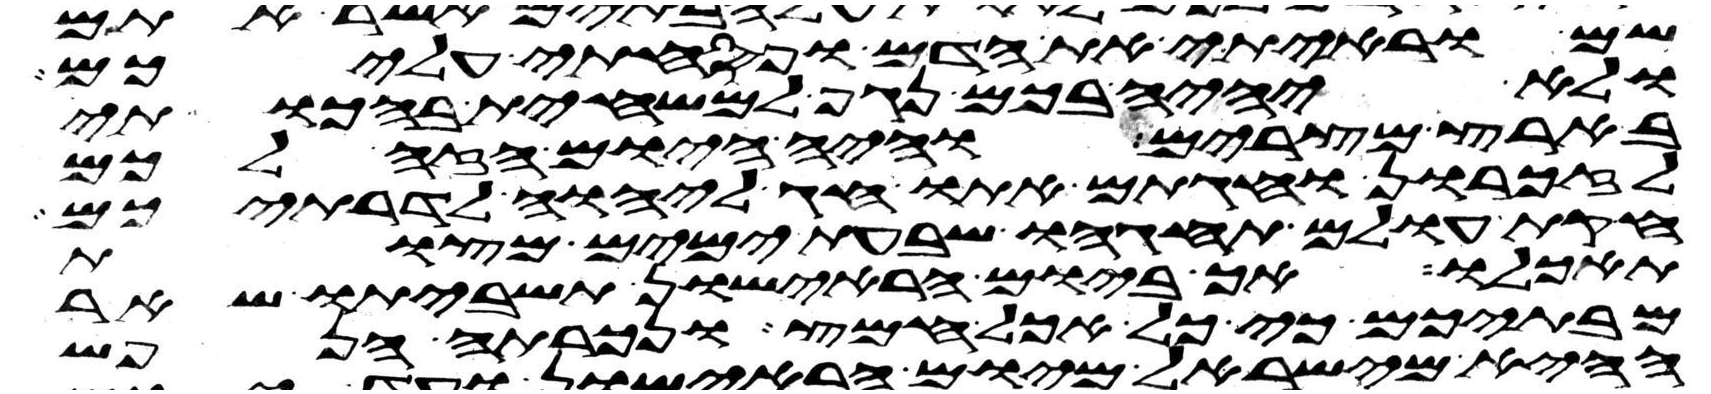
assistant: שם וראיתי את הדם ופסחתי עליכם
ולא יהיה בכם נגף למשחית בהכותי
בארץ מצרים והיה היום הזה לכם
לזכרון וחגתם אתו חג ליהוה לדרתיכם
חקת עולם תחגהו שבעת ימים מצות
תאכלו אך ביום הראישון תשביתו שאר
מבתיכם כי כל אכל חמץ ונכרתה הנפש